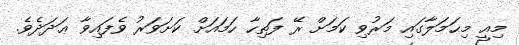
މިއީ މިޙަމަލާގައި މަރުވި ކަމަށް ރޭ ފަތިހާ ހަމައަށް ކަށަވަރު ވެފައިވާ ޢަދަދެވެ.